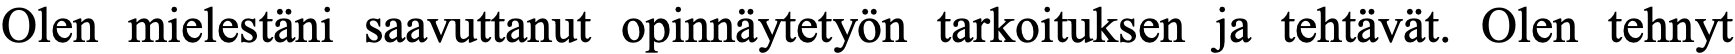
Olen mielestäni saavuttanut opinnäytetyön tarkoituksen ja tehtävät. Olen tehnyt